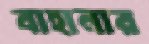
বাহানার